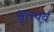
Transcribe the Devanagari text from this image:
भूतपर्व